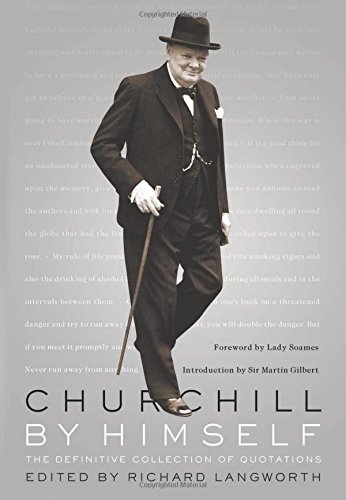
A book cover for Churchill by Himself: The Definitive Collection of Quotations; Winston Churchill; Reference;